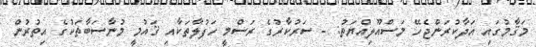
މަޤާމުގައި އަދާކުރަންޖެހޭ މަސްއޫލިއްޔަތު: - ސަރުކާރުގެ ރަސްމީ ހަފުލާތަކާއި ޤައުމީ މުނާސަބާތަކުގެ އިތުރުން